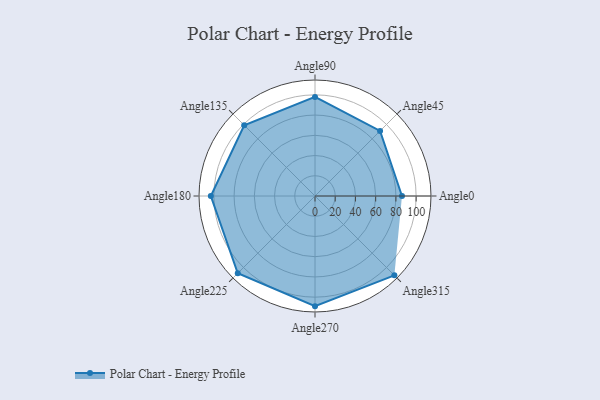
{"axis": {"x": "Angle", "y": "Radius"}, "legend": [""], "data": [{"x": "Angle0", "y": 86.0, "type": ""}, {"x": "Angle45", "y": 91.0, "type": ""}, {"x": "Angle90", "y": 98.0, "type": ""}, {"x": "Angle135", "y": 99.0, "type": ""}, {"x": "Angle180", "y": 103.0, "type": ""}, {"x": "Angle225", "y": 108.0, "type": ""}, {"x": "Angle270", "y": 109.0, "type": ""}, {"x": "Angle315", "y": 111.0, "type": ""}]}